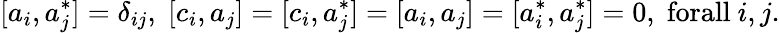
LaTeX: [a_{i},a_{j}^{\ast}]=\delta_{ij},\; [c_{i},a_{j}]=[c_{i},a_{j}^{\ast}]=[a_{i},a_{j}]=[a_{i}^{\ast},a_{j}^{\ast}]=0,\; \mathrm{forall~}i,j.